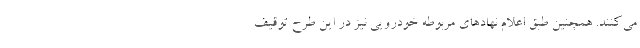
می‌کنند. همچنین طبق اعلام نهادهای مربوطه خودرویی نیز در این طرح توقیف